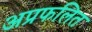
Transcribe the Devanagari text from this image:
अप्रफलित